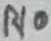
Text: R10